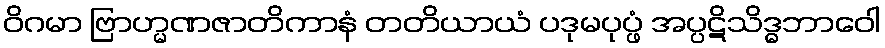
ဝိဂမာ ဗြာဟ္မဏဇာတိကာနံ တတိယာယံ ပဒုမပုပ္ဖံ အပ္ပဋိသိဒ္ဓဘာဝေါ